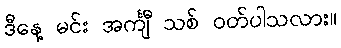
ဒီနေ့ မင်း အင်္ကျီ သစ် ဝတ်ပါသလား။